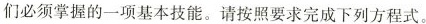
们必须掌握的一项基本技能。请按照要求完成下列方程式。